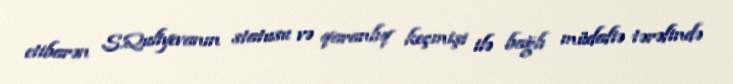
etibarən S.Quliyevanın statusu və qaranlıq keçmişi ilə bağlı müdafiə tərəfində